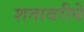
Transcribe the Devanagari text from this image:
शतावरीचे